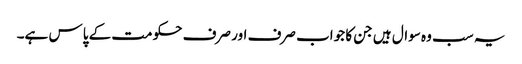
یہ سب وہ سوال ہیں جن کا جواب صرف اور صرف حکومت کے پاس ہے۔